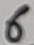
Text: 6